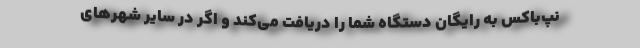
نپ‌باکس به رایگان دستگاه شما را دریافت می‌کند و اگر در سایر شهرهای